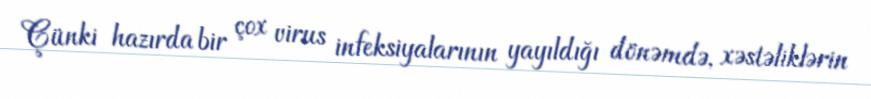
Çünki hazırda bir çox virus infeksiyalarının yayıldığı dönəmdə, xəstəliklərin